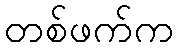
တစ်ဖက်က